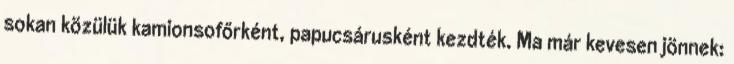
sokan közülük kamionsofőrként, papucsárusként kezdték. Ma már kevesen jönnek: